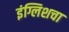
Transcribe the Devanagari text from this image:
इंग्लिशचा